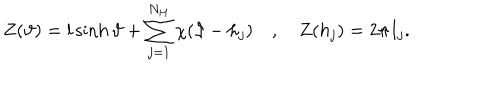
Z ( \vartheta ) = l \sinh \vartheta + \displaystyle \sum _ { j = 1 } ^ { N _ { H } } \chi ( \vartheta - h _ { j } ) \quad , \quad Z ( h _ { j } ) = 2 \pi I _ { j } .